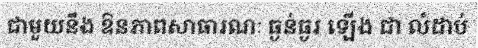
ជាមួយនឹង ឱនភាពសាធារណៈ ធ្ងន់ធ្ងរ ឡើង ជា លំដាប់